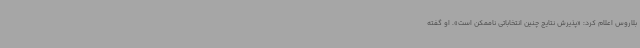
بلاروس اعلام کرد: «پذیرش نتایج چنین انتخاباتی ناممکن است». او گفته